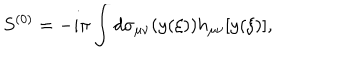
LaTeX: S ^ { ( 0 ) } = - i \pi \int d \sigma _ { \mu \nu } ( y ( \xi ) ) h _ { \mu \nu } [ y ( \xi ) ] ,